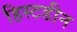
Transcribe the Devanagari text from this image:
हिस्टडीन